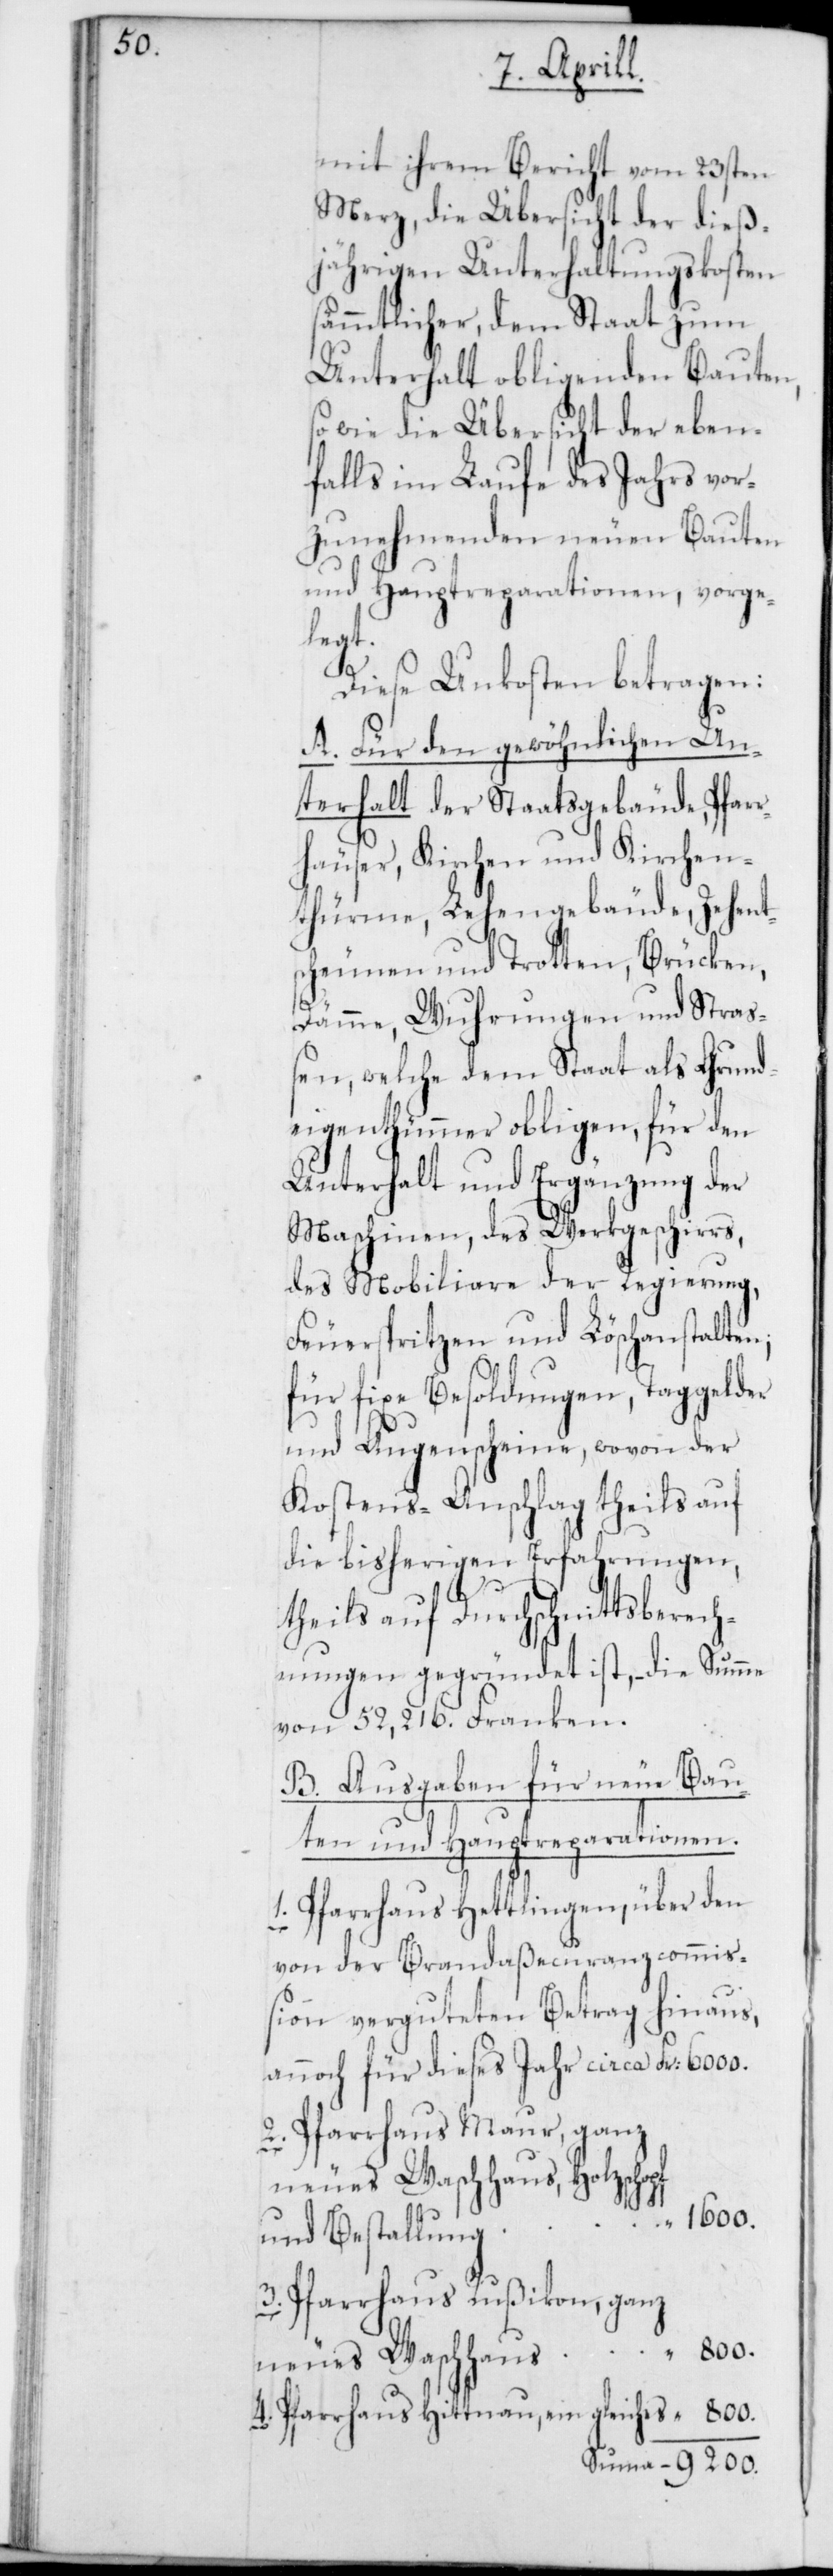
800.

mit ihrem Bericht vom 23sten
Merz, die Übersicht der dieß¬
jährigen Unterhaltungskosten
sämmtlicher, dem Staat zum
Unterhalt obligenden Bauten,
wie die Übersicht der eben¬
falls im Laufe des Jahrs vor¬
zunehmenden neuen Bauten
und Hauptreparationen, vorgel¬
Fr.
Diese Unkosten betragen:
A. Für den gewöhnlichen Un¬
terhalt der Staatsgebäude, Pfar¬
rhäuser, Kirchen und Kirchen¬
thürme, Lehengebäude, Zehent¬
scheunen und Trotten, Brücken,
Dämme, Wuhrungen und Straß¬
en, welche dem Staat als Grund¬
eigenthümer obligen, für den
Unterhalt und Ergänzung der
Maschinen, des Werkgeschirrs,
des Mobiliare der Regierung,
Feuerspritzen und Löschanstalten;
für fixe Besoldungen, Taggelder
und Augenscheine, wovon der
Kostens-Anschlag theils auf
die bisherigen Erfahrungen,
theils auf Durchschnittsberech¬
nungen gegründet ist, – die Summe
von 52,216. Franken.
B. Ausgaben für neue Bau¬
ten und Hauptreparationen.
1. Pfarrhaus Hettlingen, über den
von der Brandaßecuranzcommiß¬
ion verguteten Betrag hinaus,
annoch für dieses Jahr circa
2. Pfarrhaus Maur, ganz
neues Waschhaus, Holzschopf
und Bestallung
3. Pfarrhaus Rußikon, ganz
neues Waschhaus
4. Pfarrhaus Hittnau, ein Gleiches